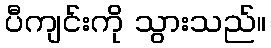
ပီကျင်းကို သွားသည်။